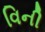
વિની